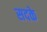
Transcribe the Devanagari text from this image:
सदके